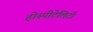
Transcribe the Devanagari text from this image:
होस्पीटेलिटी